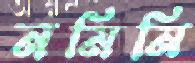
নমিনি